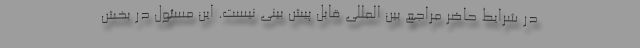
در شرایط حاضر مراجع بین المللی قابل پیش بینی نیست. این مسئول در بخش